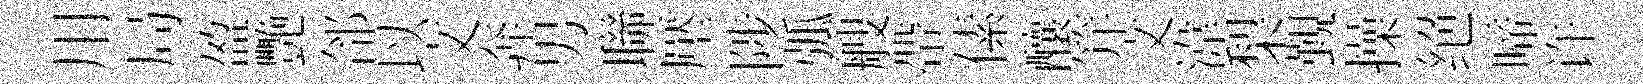
用局盈艷郃以文奔男聯壓陟弧艘帶傃釀笄文湋梨覲操绝啼许